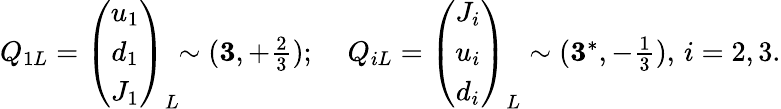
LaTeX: \begin{array}{ll}{{Q_{1L}=\left(\begin{array}{c}{{u_{1}}}\\ {{d_{1}}}\\ {{J_{1}}}\end{array}\right)_{L}\! \! \sim({\mathbf 3},+\frac{2}{3});\; }}&{{Q_{iL}=\left(\begin{array}{c}{{J_{i}}}\\ {{u_{i}}}\\ {{d_{i}}}\end{array}\right)_{L}\sim({\mathbf 3}^{*},-\frac{1}{3}),\, i=2,3.}}\end{array}